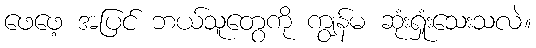
ဖေဖေ့ အပြင် ဘယ်သူတွေကို ကျွန်မ ဆုံးရှုံးသေးသလဲ။